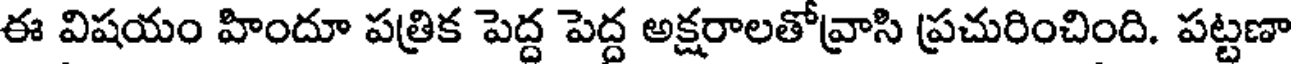
ఈ విషయం హిందూ పత్రిక పెద్ద పెద్ద అక్షరాలతోవ్రాసి ప్రచురించింది. పట్టణా